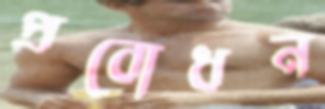
প্রবোধন